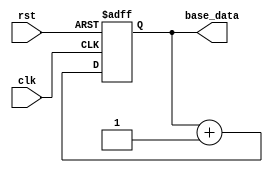
module Base_Gen2(
    input clk,
    input rst,
    output [1:0]base_data
);


reg [1:0] base_data_reg;


assign base_data = base_data_reg;

always@(posedge clk or negedge rst)
begin
    if(!rst)
    begin
        base_data_reg <= 2'd00;
    end
    else begin
        base_data_reg <= base_data_reg + 1'd1;  //clk
    end
end



endmodule